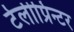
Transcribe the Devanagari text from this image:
टेलीप्रिन्टर